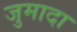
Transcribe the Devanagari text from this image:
जुमादा